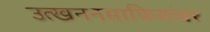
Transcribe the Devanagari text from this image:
उत्खननमाफियांवर